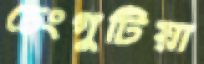
চেংগুটিয়া